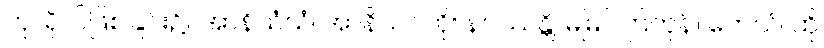
ကုသိုလ်ဖြစ်ခြင်း၌။ အာနိသံသံ၊ အာနိသင်ကို။ နပဿန္တိ၊ မမြင်ကြကုန်။ တေသံ၊ ထို